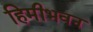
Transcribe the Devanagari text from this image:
हिमीभवन